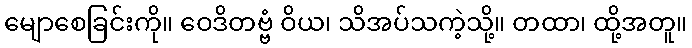
မျောစေခြင်းကို။ ဝေဒိတဗ္ဗံ ဝိယ၊ သိအပ်သကဲ့သို့။ တထာ၊ ထို့အတူ။